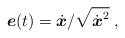
LaTeX: \begin{align*}{\mbox{\boldmath $e$}}(t)= \dot{{\mbox{\boldmath $x$}}} /\sqrt{ {\dot{{\mbox{\boldmath $x$}}}}^2} \;,\end{align*}